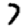
Digit: 7